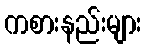
ကစားနည်းများ